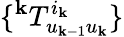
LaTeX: \{ ^{\mathbf{k}}T_{u_{\mathbf{k}-1}u_{\mathbf{k}}}^{i_{\mathbf{k}}}\}